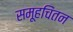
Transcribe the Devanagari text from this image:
समूहचिंतन